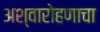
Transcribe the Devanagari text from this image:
अश्वारोहणाचा